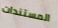
المستندات